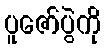
ပူဇော်ပွဲကို